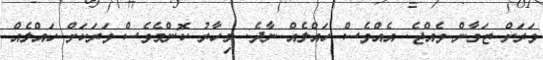
ވަރަށް ޒަމާން ވެއްޖެ. އެއްވެސް ހައްލެއް ނާދެ. މިހާރު ކޮންމެވެސް ވަރަކަށް ހައްލެއް